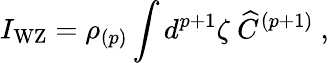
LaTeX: I_{\mathrm{WZ}}=\rho_{(p)}\int d^{p+1}\zeta\ {\widehat C}^{(p+1)}\ ,